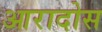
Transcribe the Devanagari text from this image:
आरादोस